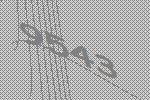
9543